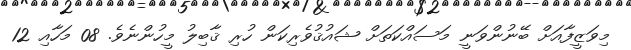
މިވަޒީފާއަށް ބޭނުންވަނީ މަސައްކަތަށް ޝައުޤުވެރިކަން ހުރި ޤާބިލު މީހުންނެވެ. 08 މަހާއި 12